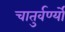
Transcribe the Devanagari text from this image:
चातुर्वर्ण्यों